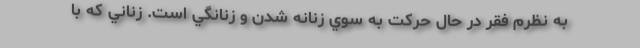
به نظرم فقر در حال حركت به سوي زنانه شدن و زنانگي است. زناني كه با